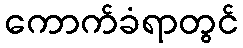
ကောက်ခံရာတွင်